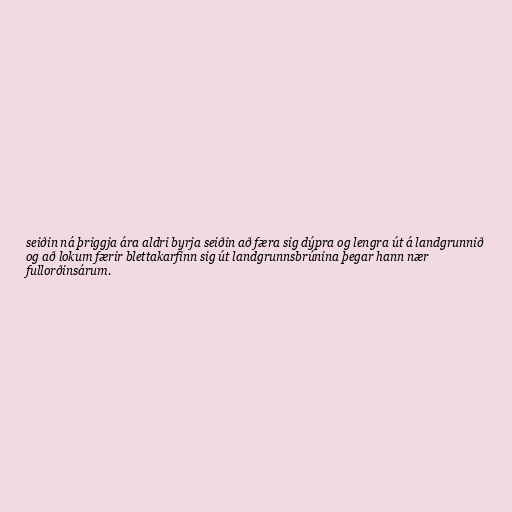
seiðin ná þriggja ára aldri byrja seiðin að færa sig dýpra og lengra út á landgrunnið
og að lokum færir blettakarfinn sig út landgrunnsbrúnina þegar hann nær
fullorðinsárum.